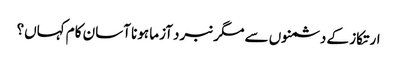
ارتکاز کے دشمنوں سے مگر نبرد آزما ہونا آسان کام کہاں؟